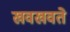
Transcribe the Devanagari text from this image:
खवखवते